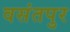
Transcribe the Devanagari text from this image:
वसंतपुर